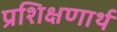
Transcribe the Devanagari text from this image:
प्रशिक्षणार्थ